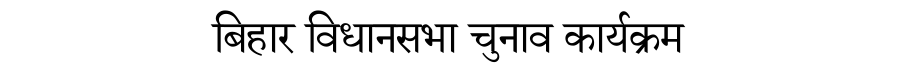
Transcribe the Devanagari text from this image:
बिहार विधानसभा चुनाव कार्यक्रम